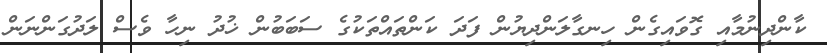
ކާންދިނުމާއި ގޮވައިގެން ހިނގާލަންދިޔުން ފަދަ ކަންތައްތަކުގެ ސަބަބުން ޚުދު ނިހާ ވެސް ލަދުގަންނަން